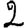
Digit: 2